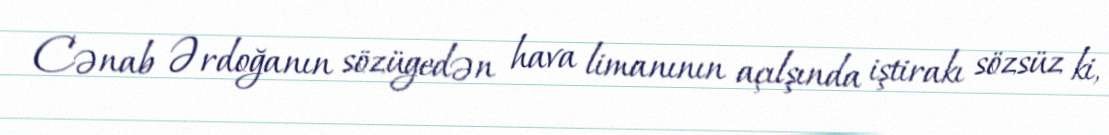
Cənab Ərdoğanın sözügedən hava limanının açılşında iştirakı sözsüz ki,